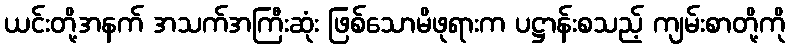
ယင်းတို့အနက် အသက်အကြီးဆုံး ဖြစ်သောမိဖုရားက ပဋ္ဌာန်းစသည့် ကျမ်းစာတို့ကို